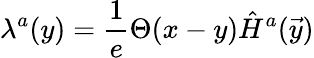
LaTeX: \lambda^{a}(y)={\frac{1}{e}}\Theta(x-y)\hat{H}^{a}(\vec{y})